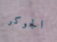
الجوكر